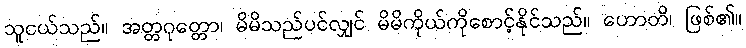
သူငယ်သည်။ အတ္တဂုတ္တော၊ မိမိသည်ပင်လျှင် မိမိကိုယ်ကိုစောင့်နိုင်သည်။ ဟောတိ၊ ဖြစ်၏။